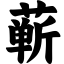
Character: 蕲